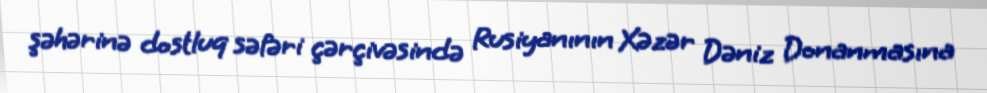
şəhərinə dostluq səfəri çərçivəsində Rusiyanının Xəzər Dəniz Donanmasına